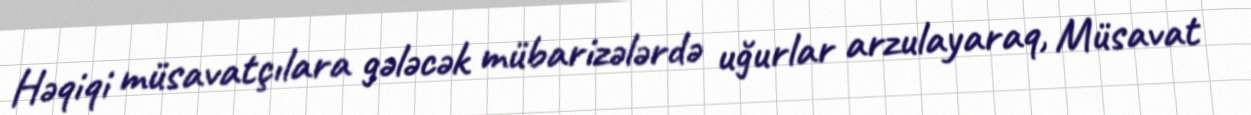
Həqiqi müsavatçılara gələcək mübarizələrdə uğurlar arzulayaraq, Müsavat